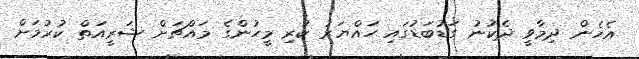
އެހެން ދިމާވީ ދެކުނު ގަޑުބަޑުގައި ހައްޔަރު ކުރި މީހުންގެ މައްޗަށް ޝަރީއަތް ކުރުމަށް